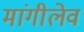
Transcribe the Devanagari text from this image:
मांगीलेव